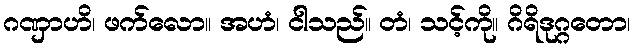
ဂဏှာဟိ၊ ဖက်လော။ အဟံ၊ ငါသည်။ တံ၊ သင့်ကို။ ဂိရိဒုဂ္ဂတော၊